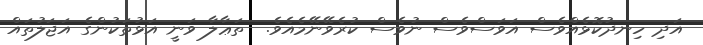
އަދި ހިނދުކޮޅެއްވެސް އަވަސްވެސް ނުވެސް ކުރެވޭނޭމެއެވެ.  ތަޢާލާ ވަނީ އަޅުތަކުންގެ އަޖަލުތައް